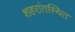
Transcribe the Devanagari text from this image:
शहरांतस्थित